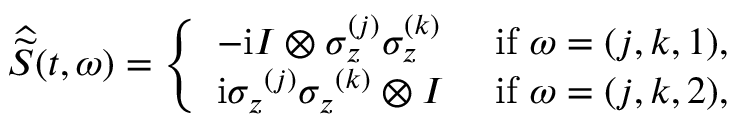
\widehat { \widetilde { S } } ( t , \omega ) = \left\{ \begin{array} { l l } { - \mathrm { i } I \otimes \sigma _ { z } ^ { ( j ) } \sigma _ { z } ^ { ( k ) } } & { \mathrm { ~ i f ~ } \omega = ( j , k , 1 ) , } \\ { \mathrm { i } { \sigma _ { z } } ^ { ( j ) } { \sigma _ { z } } ^ { ( k ) } \otimes I } & { \mathrm { ~ i f ~ } \omega = ( j , k , 2 ) , } \end{array} \right.